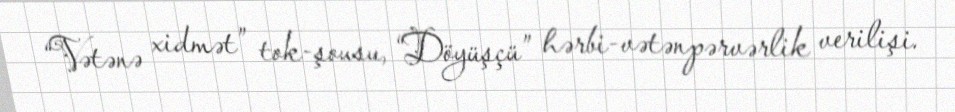
“Vətənə xidmət” tok-şousu, “Döyüşçü” hərbi-vətənpərvərlik verilişi.